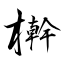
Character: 檊